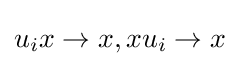
u_{i}x\to x,xu_{i}\to x